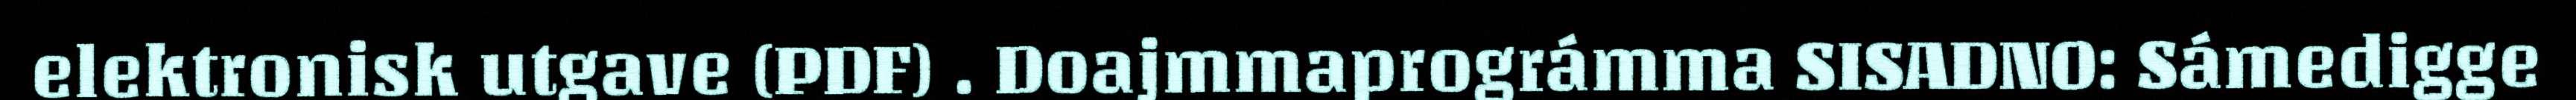
elektronisk utgave (PDF) . Doajmmaprográmma SISADNO: Sámedigge